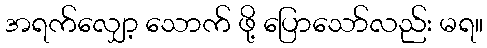
အရက်လျှော့ သောက် ဖို့ ပြောသော်လည်း မရ။